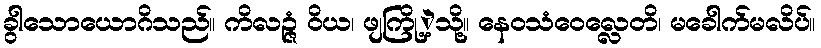
ခွါသောယောဂိသည်။ ကိလဉ္ဇံ ဝိယ၊ ဖျကြို့ဲ့သို့။ နေဝသံဝေလ္လေတိ၊ မခေါက်မလိပ်။